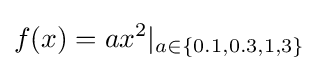
f(x)=ax^{2}|_{a\in \{0.1,0.3,1,3\}}